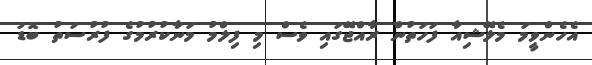
އެހެންވީމަ މެލޭޝިއާ ފަހަތުން ރާއްޖޭގައި ވެސް މި ފިލްމު މަނާކުރުމުގެ ފުރުސަތު ބޮޑު